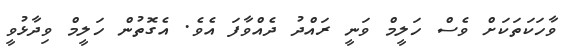
ވާހަކަތަކަށް ވެސް ހަލީމް ވަނީ ރައްދު ދެއްވާފަ އެވެ. އެގޮތުން ހަލީމް ވިދާޅުވީ